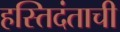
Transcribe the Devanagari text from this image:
हस्तिदंताची